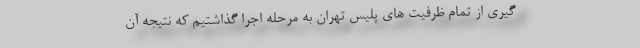
گیری از تمام ظرفیت های پلیس تهران به مرحله اجرا گذاشتیم که نتیجه آن